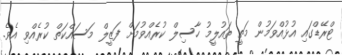
ޓްރޭޑްގައި އުޅުއްވަމުން މަތީ ތައުލީމު ހާސިލް ކުރެއްވުމަށް ފަޒީލް މަސައްކަތް ކުރެއްވި އެވެ.